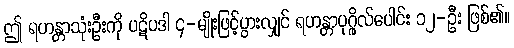
ဤ ရဟန္တာသုံးဦးကို ပဋိပဒါ ၄-မျိုးဖြင့်ပွားလျှင် ရဟန္တာပုဂ္ဂိုလ်ပေါင်း ၁၂-ဦး ဖြစ်၏။